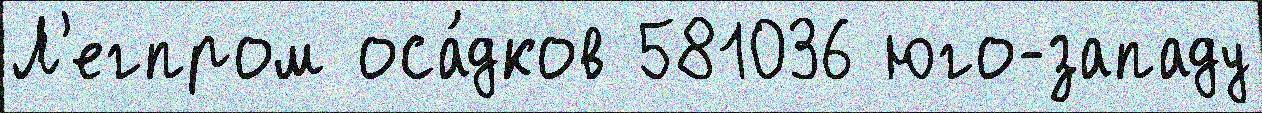
Л'егпром оса́дков 581036 юго-западу